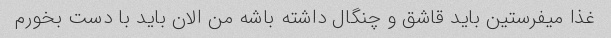
غذا میفرستین باید قاشق و چنگال داشته باشه من الان باید با دست بخورم